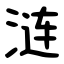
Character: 涟